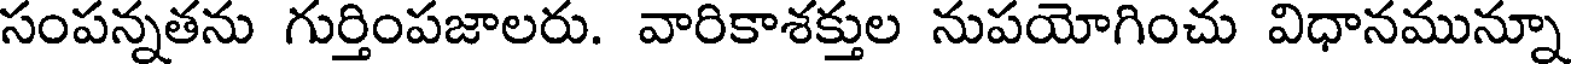
సంపన్నతను గుర్తింపజాలరు. వారికాశక్తుల నుపయోగించు విధానమున్నూ